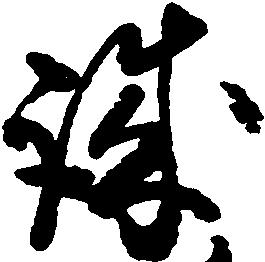
誠